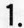
1.